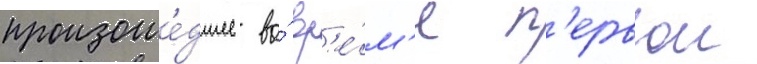
произоше́дшее во́ вр'е́м'я п'ервои